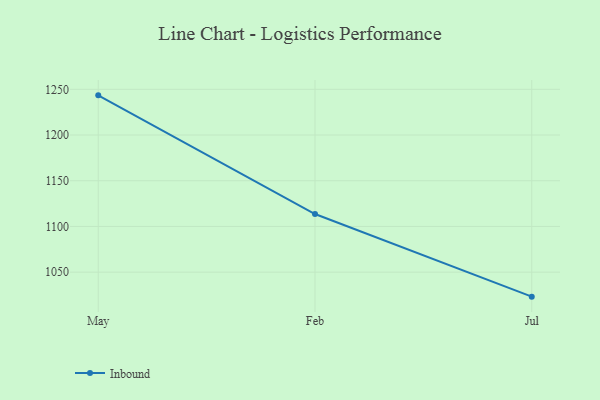
{"axis": {"x": "Month", "y": "Backlog"}, "legend": ["Inbound"], "data": [{"x": "May", "y": 1243.4, "type": "Inbound"}, {"x": "Feb", "y": 1113.6, "type": "Inbound"}, {"x": "Jul", "y": 1023.2, "type": "Inbound"}]}